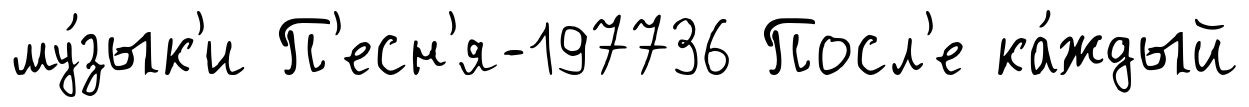
му́зык'и П'есн'я-197736 Посл'е ка́ждый